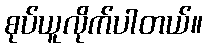
စုပ်ယူလိုက်ပါတယ်။